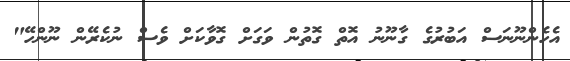
އެހެންނޫނަސް އަބުރުގެ ގާނޫނު އޮތް ގޮތުން ވަގަށް ގޮވާކަށް ވެސް ނުކެރޭން ނޫންހޭ"